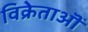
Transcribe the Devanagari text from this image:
विक्रेताऒं